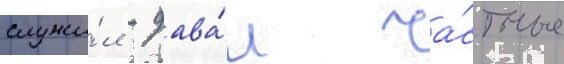
служи́л - дава́л ча́стные